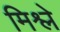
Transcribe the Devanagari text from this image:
मिश्ले